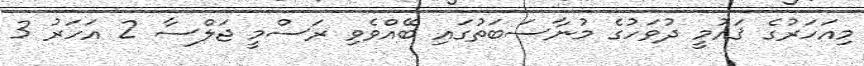
މިއަހަރުގެ ޤައުމީ ދުވަހުގެ މުނާސަބަތުގައި ބޭއްވެވި ރަސްމީ ޖަލްސާ 2 އަހަރު 3